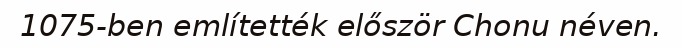
1075-ben említették először Chonu néven.